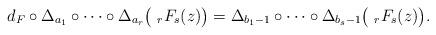
LaTeX: \begin{align*}d_F\circ\Delta_{a_1}\circ\cdots\circ\Delta_{a_r}\bigl(~_rF_s(z)\bigr)=\Delta_{b_1-1}\circ\cdots\circ\Delta_{b_s-1}\bigl(~_rF_s(z)\bigr).\end{align*}